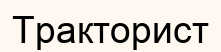
Тракторист